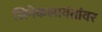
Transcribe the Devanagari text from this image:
सिनेकलावंतांवर